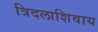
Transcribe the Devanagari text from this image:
त्रिदलाशिवाय